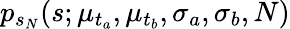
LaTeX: p_{s_{N}}(s;\mu_{t_{a}},\mu_{t_{b}},\sigma_{a},\sigma_{b},N)